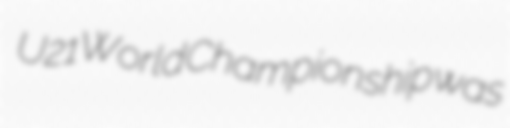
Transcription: U21 World Championship was